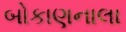
બોકાણનાલા